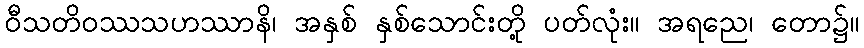
ဝီသတိဝဿသဟဿာနိ၊ အနှစ် နှစ်သောင်းတို့ ပတ်လုံး။ အရညေ၊ တော၌။